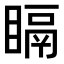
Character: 𥉅